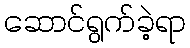
ဆောင်ရွက်ခဲ့ရာ